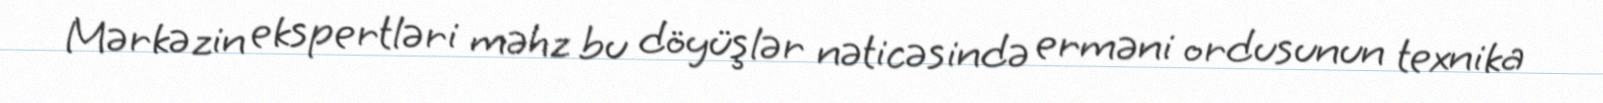
Mərkəzin ekspertləri məhz bu döyüşlər nəticəsində erməni ordusunun texnika